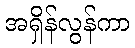
အရှိန်လွန်ကာ